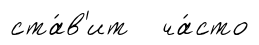
ста́в'ит ча́сто